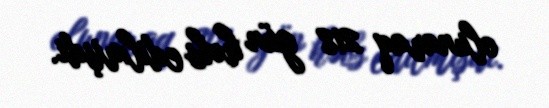
olunaraq 218 gün həbs edilmişdi.